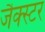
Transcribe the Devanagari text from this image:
जैक्स्टर